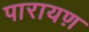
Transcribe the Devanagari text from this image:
पारायण़